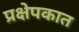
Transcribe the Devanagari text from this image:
प्रक्षेपकात